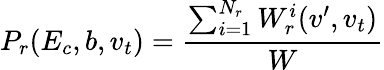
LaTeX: P_{r}(E_{c},b,v_{t})=\frac{\sum_{i=1}^{N_{r}}W_{r}^{i}(v^{\prime},v_{t})}{W}